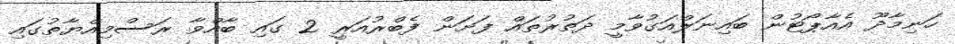
ހަނިމާދޫ އެއާޕޯޓުން ބައިނަލްއަގުވާމީ ދަތުރުތައް ފަށަން ފެބްރުއަރީ 2 ގައި ބާއްވާ ރަސްމިއްޔާތުގައި